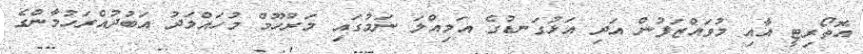
އޮތޯރިޓީ އާއި މުވައްޒަފުން އަދި އަޅުގަނޑުގެ އަމިއްލަ ނަމުގައި މަރުހޫމް މުހައްމަދު އަބުދުއްރަހުމާންގެ